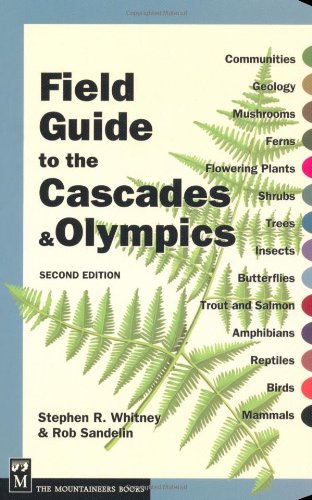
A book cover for Field Guide to the Cascades & Olympics; Stephen R. Whitney; Science & Math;